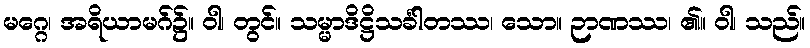
မဂ္ဂေ၊ အရိယာမဂ်၌။ ဝါ၊ တွင်။ သမ္မာဒိဋ္ဌိသင်္ခါတဿ၊ သော။ ဉာဏဿ၊ ၏။ ဝါ၊ သည်။